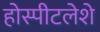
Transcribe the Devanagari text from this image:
होस्पीटलेशे